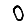
Digit: 0